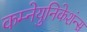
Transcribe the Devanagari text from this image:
कम्नेयुनिकेशंन्स